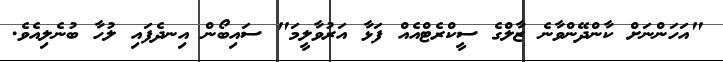
"އަހަންނަށް ކާންދޭންވާނެ ޒާލްގެ ސީކްރެޓްއެއް ފަޅާ އަރުވާލީމަ" ސައިބޯން އިނދެފައި ލުހާ ބުނެލިއެވެ.